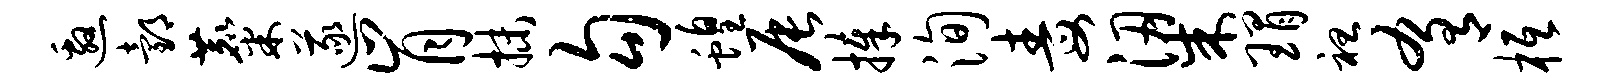
邀邰麋遂肯抹勾蝗辰捧洵毒梁瑁袒肴柢